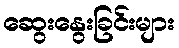
ဆွေးနွေးခြင်းများ